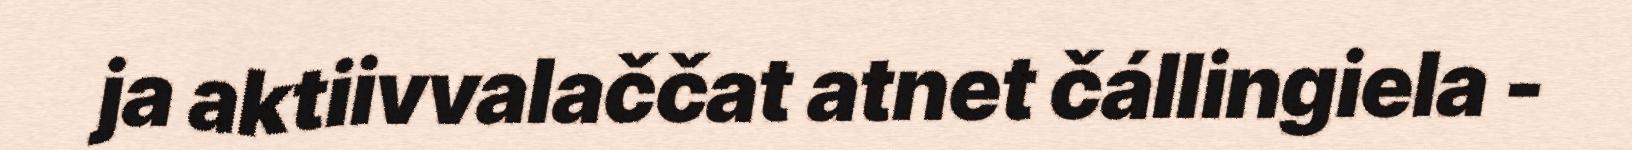
ja aktiivvalaččat atnet čállingiela -